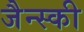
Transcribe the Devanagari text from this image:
जैन्स्की